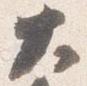
大